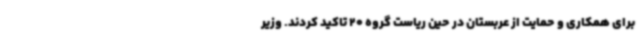
برای همکاری و حمایت از عربستان در حین ریاست گروه 20 تاکید کردند. وزیر